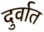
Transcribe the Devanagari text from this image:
दुर्वात